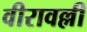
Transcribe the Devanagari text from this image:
वीरावल्ली